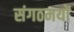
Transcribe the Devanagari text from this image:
संगठमयों